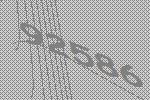
92586